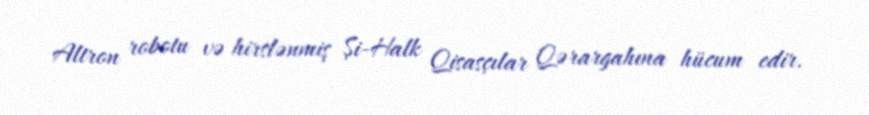
Altron robotu və hirslənmiş Şi-Halk Qisasçılar Qərargahına hücum edir.